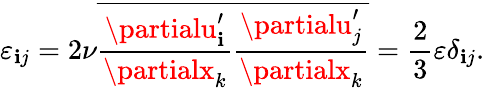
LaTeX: \varepsilon_{\mathbf{i}j}=2\nu\overline{{{\frac{{\partialu_{\mathbf{i}}^{\prime}}}{{\partialx_{k}}}\frac{{\partialu_{j}^{\prime}}}{{\partialx_{k}}}}}}=\frac{{2}}{{3}}\varepsilon\delta_{\mathbf{i}j}.